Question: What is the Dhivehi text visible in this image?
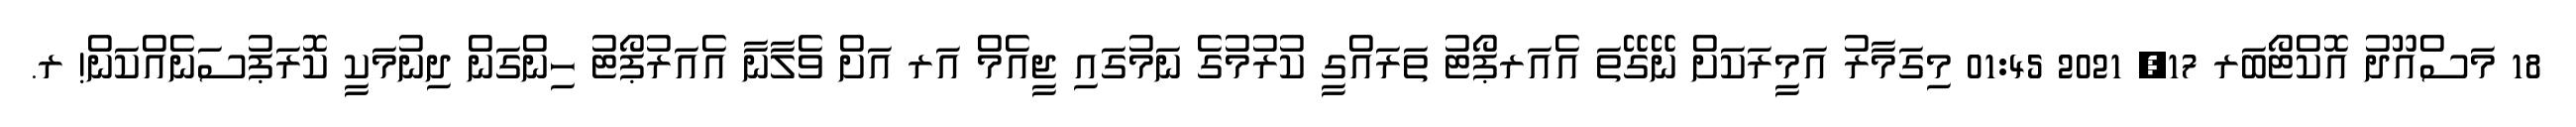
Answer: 18 މަސްއޫދު އޮކްޓޯބަރ 17, 2021 01:45 މިގަމާރު އަމީރަކަށް ނޭގޭތަ އެއަރޕޯޓު ތަރައްގީ ކުރުމުގެ ނަމުގައި ޖީއެމް އަރ އަށް ވެލާނާ އެއަރުޕޯޓު ހިންގަން ދިނުމަކީ ކޮރަޕުސަނެއްކަން! ރ.